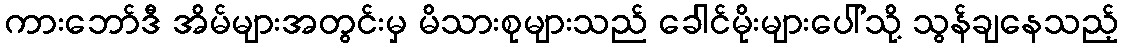
ကားဘော်ဒီ အိမ်များအတွင်းမှ မိသားစုများသည် ခေါင်မိုးများပေါ်သို့ သွန်ချနေသည့်